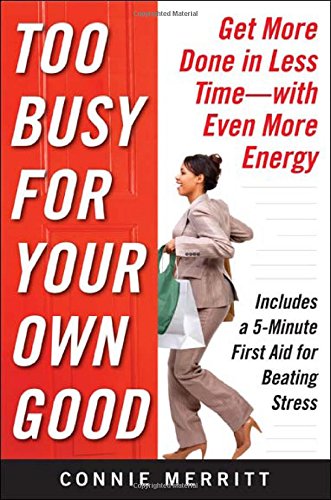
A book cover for Too Busy for Your Own Good: Get More Done in Less TimeWith Even More Energy; Connie Merritt; Business & Money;